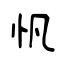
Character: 忛